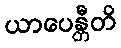
ယာပေန္တီတိ